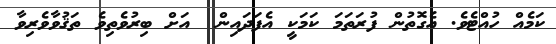
ކަމެއް ހުއްޓެެވެ. އެގޮތުން ފުރަތަމަ ކަަަަމަކީ އެފަދައިން  އަށް ބިރުވެތިވެ ތަޤުވާވެރިވާ